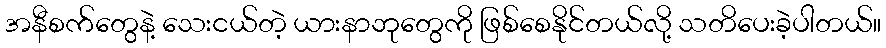
အနီစက်တွေနဲ့ သေးငယ်တဲ့ ယားနာဘုတွေကို ဖြစ်စေနိုင်တယ်လို့ သတိပေးခဲ့ပါတယ်။